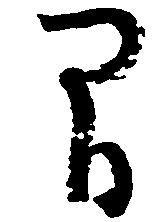
間